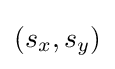
(s_{x},s_{y})